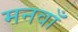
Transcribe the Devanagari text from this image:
मनवाँ